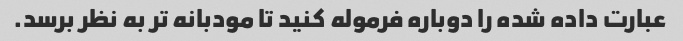
عبارت داده شده را دوباره فرموله کنید تا مودبانه تر به نظر برسد.